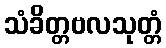
သံခိတ္တဗလသုတ္တံ